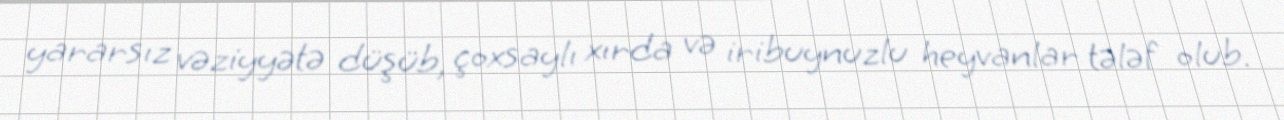
yararsız vəziyyətə düşüb, çoxsaylı xırda və iribuynuzlu heyvanlar tələf olub.